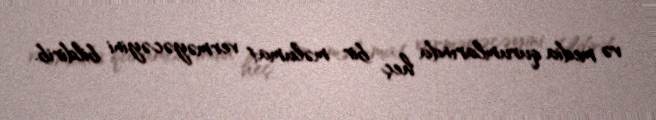
və media qurumlarında heç bir məlumat verməyəcəyini bildirib.